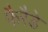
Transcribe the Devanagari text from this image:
फैरैडे